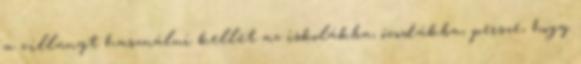
a villanyt használni kellet az iskolákba, óvodákba, persze, hogy